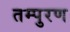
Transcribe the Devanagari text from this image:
तम्पुरण